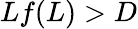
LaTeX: Lf(L)>D